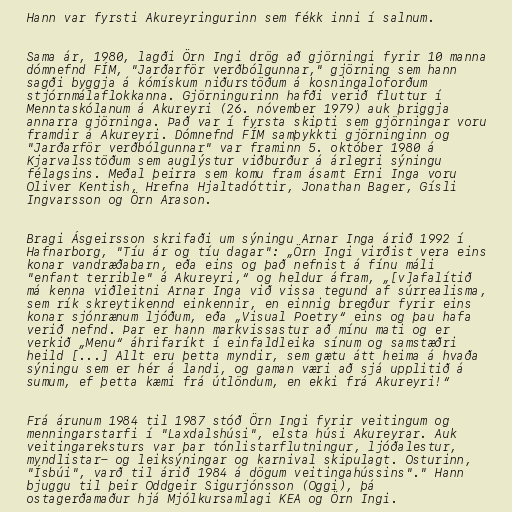
Hann var fyrsti Akureyringurinn sem fékk inni í salnum.

Sama ár, 1980, lagði Örn Ingi drög að gjörningi fyrir 10 manna
dómnefnd FÍM, "Jarðarför verðbólgunnar," gjörning sem hann
sagði byggja á kómískum niðurstöðum á kosningaloforðum
stjórnmálaflokkanna. Gjörningurinn hafði verið fluttur í
Menntaskólanum á Akureyri (26. nóvember 1979) auk þriggja
annarra gjörninga. Það var í fyrsta skipti sem gjörningar voru
framdir á Akureyri. Dómnefnd FÍM samþykkti gjörninginn og
"Jarðarför verðbólgunnar" var framinn 5. október 1980 á
Kjarvalsstöðum sem auglýstur viðburður á árlegri sýningu
félagsins. Meðal þeirra sem komu fram ásamt Erni Inga voru
Oliver Kentish, Hrefna Hjaltadóttir, Jonathan Bager, Gísli
Ingvarsson og Örn Arason.

Bragi Ásgeirsson skrifaði um sýningu Arnar Inga árið 1992 í
Hafnarborg, "Tíu ár og tíu dagar": „Örn Ingi virðist vera eins
konar vandræðabarn, eða eins og það nefnist á fínu máli
"enfant terrible" á Akureyri,“ og heldur áfram, „[v]afalítið
má kenna viðleitni Arnar Inga við vissa tegund af súrrealisma,
sem rík skreytikennd einkennir, en einnig bregður fyrir eins
konar sjónrænum ljóðum, eða „Visual Poetry“ eins og þau hafa
verið nefnd. Þar er hann markvissastur að mínu mati og er
verkið „Menu“ áhrifaríkt í einfaldleika sínum og samstæðri
heild [...] Allt eru þetta myndir, sem gætu átt heima á hvaða
sýningu sem er hér á landi, og gaman væri að sjá upplitið á
sumum, ef þetta kæmi frá útlöndum, en ekki frá Akureyri!“

Frá árunum 1984 til 1987 stóð Örn Ingi fyrir veitingum og
menningarstarfi í "Laxdalshúsi", elsta húsi Akureyrar. Auk
veitingareksturs var þar tónlistarflutningur, ljóðalestur,
myndlistar- og leiksýningar og karnival skipulagt. Osturinn,
"Ísbúi", varð til árið 1984 á dögum veitingahússins"." Hann
bjuggu til þeir Oddgeir Sigurjónsson (Oggi), þá
ostagerðamaður hjá Mjólkursamlagi KEA og Örn Ingi.